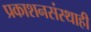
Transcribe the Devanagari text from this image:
प्रकाशनसंस्थाही